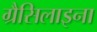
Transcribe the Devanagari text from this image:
ग्रैसिलाइना